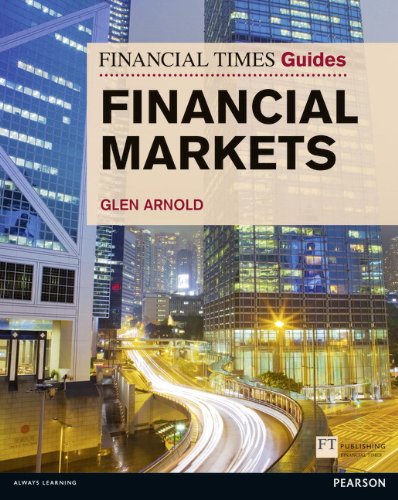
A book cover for Financial Times Guide to the Financial Markets (Financial Times Guides); Glen Arnold; Business & Money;